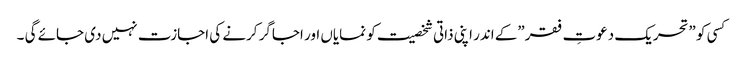
کسی کو ”تحریک دعوتِ فقر”کے اندر اپنی ذاتی شخصیت کو نمایاں اور اجاگر کرنے کی اجازت نہیں دی جائے گی ۔